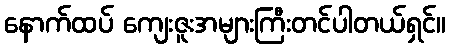
နောက်ထပ် ကျေးဇူးအများကြီးတင်ပါတယ်ရှင်။